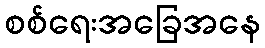
စစ်ရေးအခြေအနေ